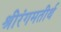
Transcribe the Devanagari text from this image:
श्रीरंगमतीर्थ